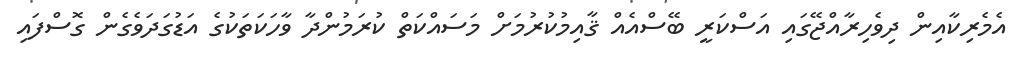
އެމެރިކާއިން ދިވެހިރާއްޖޭގައި އަސްކަރީ ބޭސްއެއް ޤާއިމުކުރުމަށް މަސައްކަތް ކުރަމުންދާ ވާހަކަތަކުގެ އަޑުގަދަވެެގެން ގޮސްފައި